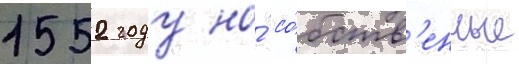
1552 году на́ со́бств'енные